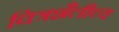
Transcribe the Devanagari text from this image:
चित्रशैलीच्य